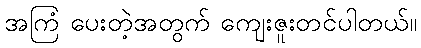
အကြံ ပေးတဲ့အတွက် ကျေးဇူးတင်ပါတယ်။